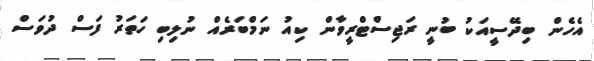
އެހެން ބިދޭސީއަކު ބުނީ ރަޖިސްޓްރީވާން ކިއު ނަމްބަރެއް ނުލިބި ހަތަރު ފަސް ދުވަސް